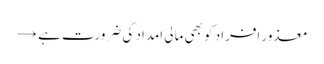
معذور افراد کو بھی مالی امداد کی ضرورت ہے →